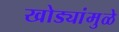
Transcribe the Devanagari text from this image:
खोड्यांमुळे